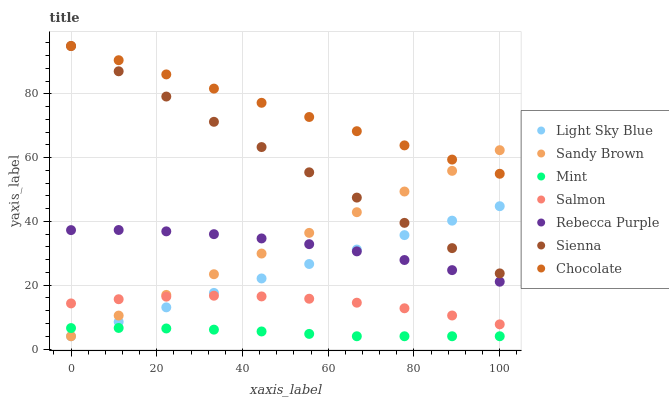
| xaxis_label | Light Sky Blue | Sandy Brown | Mint | Salmon | Rebecca Purple | Sienna | Chocolate |
 | --- | --- | --- | --- | --- | --- | --- | --- |
 | 0 | 4 | 4 | 6.57 | 14.3 | 37.3 | 95 | 95 |
 | 11.1 | 8.53 | 10.5 | 6.6 | 15.6 | 37.3 | 87.1 | 90.5 |
 | 22.2 | 13.1 | 17 | 6.44 | 16.4 | 36.9 | 79.2 | 86.1 |
 | 33.3 | 17.6 | 23.4 | 6.07 | 16.7 | 36 | 71.2 | 81.6 |
 | 44.4 | 22.1 | 29.9 | 5.51 | 16.5 | 34.7 | 63.3 | 77.2 |
 | 55.6 | 26.7 | 36.4 | 4.74 | 15.8 | 32.9 | 55.4 | 72.7 |
 | 66.7 | 31.2 | 42.9 | 4 | 14.5 | 30.6 | 47.5 | 68.3 |
 | 77.8 | 35.7 | 49.4 | 4 | 12.8 | 27.9 | 39.6 | 63.8 |
 | 88.9 | 40.2 | 55.9 | 4 | 10.5 | 24.7 | 31.6 | 59.4 |
 | 100 | 44.8 | 62.3 | 4 | 7.74 | 21.1 | 23.7 | 54.9 |